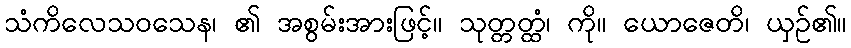
သံကိလေသဝသေန၊ ၏ အစွမ်းအားဖြင့်။ သုတ္တတ္ထံ၊ ကို။ ယောဇေတိ၊ ယှဉ်၏။